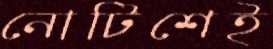
নোটিশেই